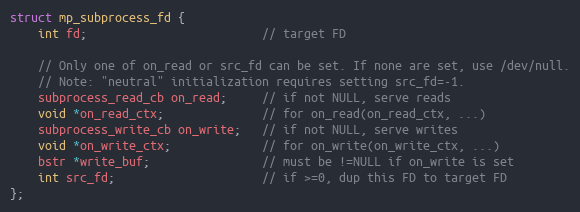
Language: C
struct mp_subprocess_fd {
    int fd;                         // target FD

    // Only one of on_read or src_fd can be set. If none are set, use /dev/null.
    // Note: "neutral" initialization requires setting src_fd=-1.
    subprocess_read_cb on_read;     // if not NULL, serve reads
    void *on_read_ctx;              // for on_read(on_read_ctx, ...)
    subprocess_write_cb on_write;   // if not NULL, serve writes
    void *on_write_ctx;             // for on_write(on_write_ctx, ...)
    bstr *write_buf;                // must be !=NULL if on_write is set
    int src_fd;                     // if >=0, dup this FD to target FD
};